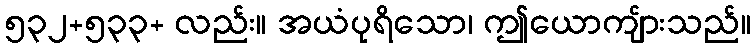
၅၃၂+၅၃၃+ လည်း။ အယံပုရိသော၊ ဤယောကျ်ားသည်။